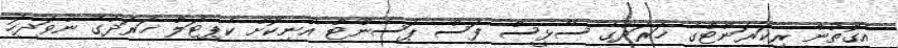
އެގޮތުން ރިކަރަންޓްގެ ޚަރަދުގެ ސާޅީސް ފަސް ޕަސެންޓް އުނިކޮށް ކެޕިޓަލް ޚަރަދުގެ ނުވަދިހަ